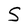
Character: S